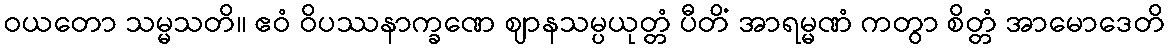
ဝယတော သမ္မသတိ။ ဧဝံ ဝိပဿနာက္ခဏေ ဈာနသမ္ပယုတ္တံ ပီတိံ အာရမ္မဏံ ကတွာ စိတ္တံ အာမောဒေတိ